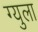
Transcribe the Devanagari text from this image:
ग्युला